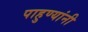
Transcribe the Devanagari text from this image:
पाहुण्यांनी